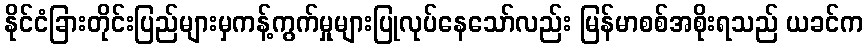
နိုင်ငံခြားတိုင်းပြည်များမှကန့်ကွက်မှုများပြုလုပ်နေသော်လည်း မြန်မာစစ်အစိုးရသည် ယခင်က